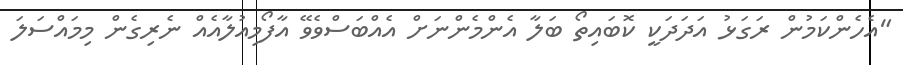
"އެހެންކަމުން ރަގަޅު އަދަދަކީ ކޮބައިތޯ ބަލާ އެންމެންނަށް އެއްބަސްވެވޭ އާފޯމިއުލާއެއް ނެރިގެން މިމައްސަލަ